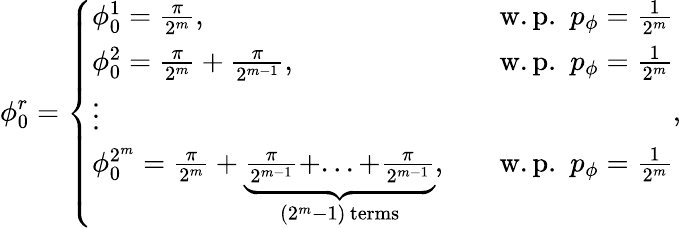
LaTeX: \phi_{0}^{r}=\left\{ \begin{array}{ll}{\phi_{0}^{1}=\frac{\pi}{2^{m}},}&{\quad\mathrm{w.p.}\, \, \, p_{\phi}=\frac{1}{2^{m}}}\\ {\phi_{0}^{2}=\frac{\pi}{2^{m}}+\frac{\pi}{2^{m-1}},}&{\quad\mathrm{w.p.}\, \, \, p_{\phi}=\frac{1}{2^{m}}}\\ {\vdots}\\ {\phi_{0}^{2^{m}}=\frac{\pi}{2^{m}}+\underbrace{\frac{\pi}{2^{m-1}}+...+\frac{\pi}{2^{m-1}}}_{(2^{m}-1)\, \mathrm{{terms}}},}&{\quad\mathrm{w.p.}\, \, \, p_{\phi}=\frac{1}{2^{m}}}\end{array}\right.,